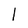
Character: l